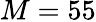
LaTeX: M=55